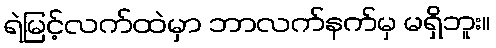
ရဲမြင့်လက်ထဲမှာ ဘာလက်နက်မှ မရှိဘူး။